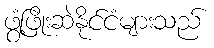
ဖွံ့ဖြိုးဆဲနိုင်ငံများသည်